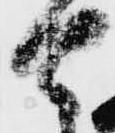
馬